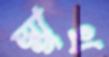
স্মুথ